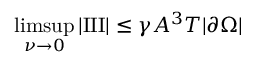
\operatorname* { l i m s u p } _ { \nu \to 0 } | \mathrm { I I I } | \le \gamma A ^ { 3 } T | \partial \Omega |